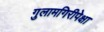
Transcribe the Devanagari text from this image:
गुलामगिरीपेक्षा